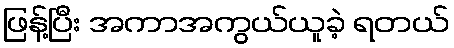
ဖြန့်ပြီး အကာအကွယ်ယူခဲ့ ရတယ်